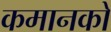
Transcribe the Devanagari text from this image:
कमानको